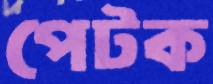
পেটক